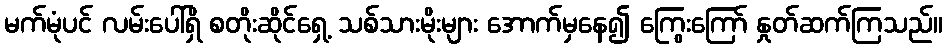
မက်မုံပင် လမ်းပေါ်ရှိ စတိုးဆိုင်ရှေ့ သစ်သားမိုးများ အောက်မှနေ၍ ကြွေးကြော် နှုတ်ဆက်ကြသည်။